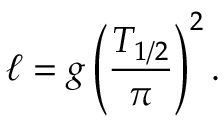
\ell = g \left( { \frac { T _ { 1 / 2 } } { \pi } } \right) ^ { 2 } .